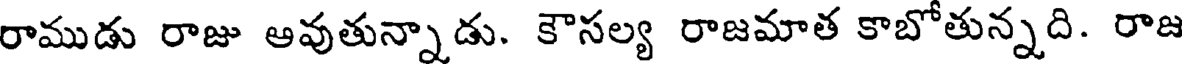
రాముడు రాజు అవుతున్నాడు. కౌసల్య రాజమాత కాబోతున్నది. రాజ